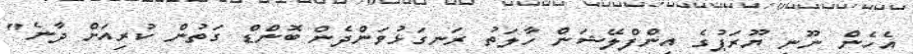
އެހެން ނޫނީ ޔޫރަޕުގެ އިންފްލޭޝަން ހާލަތު ރަނގަޅުވަންދެން ބޮންޑް ގަތުން ކުރިއަށް ދާނެ"